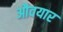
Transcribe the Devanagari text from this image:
औवयार